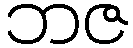
ဘဇ